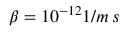
\beta = 1 0 ^ { - 1 2 } 1 / m \, s